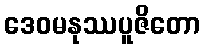
ဒေဝမနုဿပူဇိတော